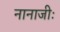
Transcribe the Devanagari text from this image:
नानाजीः